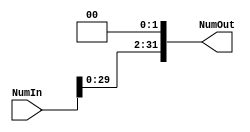
`timescale 1ns / 1ps
//////////////////////////////////////////////////////////////////////////////////
// Company: 
// Engineer: 
// 
// Design Name: 
// Module Name: ShiftLeft2
// Project Name: 
// Target Devices: 
// Tool Versions: 
// Description: 
// 
// Dependencies: 
// 
// Revision:
// Revision 0.01 - File Created
// Additional Comments:
// 
//////////////////////////////////////////////////////////////////////////////////


module ShiftLeft2(
    NumIn,
    NumOut
    );
    input [31:0] NumIn;
    output [31:0] NumOut;
    assign NumOut = NumIn << 2;
endmodule